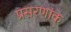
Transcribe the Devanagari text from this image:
प्रसरणांक